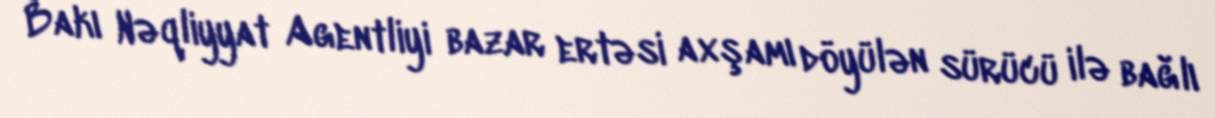
Bakı Nəqliyyat Agentliyi bazar ertəsi axşamı döyülən sürücü ilə bağlı